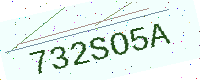
Text: 732SO5A